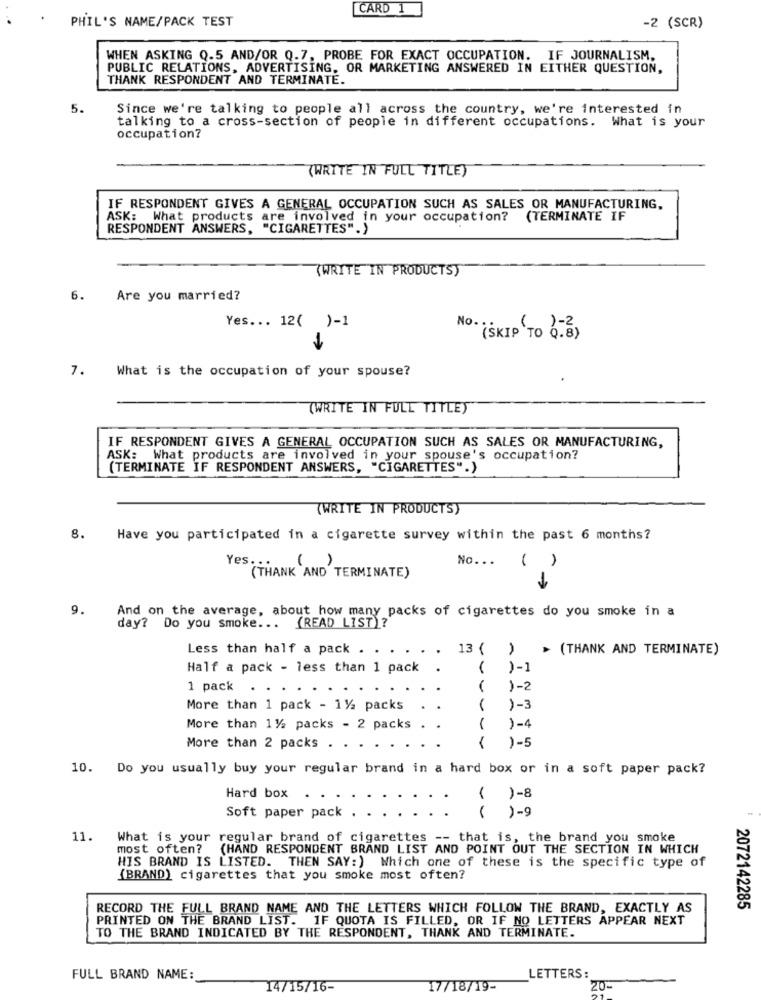
CARD 1
PHIL'S NAME/PACK TEST
-2 (SCR)
WHEN ASKING Q.5 AND/OR Q.7, PROBE FOR EXACT OCCUPATION. IF JOURNALISM,
PUBLIC RELATIONS, ADVERTISING, OR MARKETING ANSWERED IN EITHER QUESTION,
THANK RESPONDENT AND TERMINATE.
5.
Since we're talking to people all across the country, we're interested in
talking to a cross-section of people in different occupations. What is your
occupation?
(WRITE IN FULL TITLE)
IF RESPONDENT GIVES A GENERAL OCCUPATION SUCH AS SALES OR MANUFACTURING,
ASK: What products are involved in your occupation? (TERMINATE IF
RESPONDENT ANSWERS,
"CIGARETTES".)
(WRITE IN PRODUCTS)
6.
Are you married?
Yes ... 12( )-1
No ..
(SKIP TO 0. 8)
7.
What is the occupation of your spouse?
(WRITE IN FULL TITLE)
IF RESPONDENT GIVES A GENERAL OCCUPATION SUCH AS SALES OR MANUFACTURING,
ASK: What products are involved in your spouse's occupation?
(TERMINATE IF RESPONDENT ANSWERS, "CIGARETTES".)
(WRITE IN PRODUCTS)
8.
Have you participated in a cigarette survey within the past 6 months?
A
No ...
Yes.
(THANK "AND TERMINATE)
9.
And on the average, about how many packs of cigarettes do you smoke in a
day? Do you smoke ... (READ LIST)?
Less than half a pack . .
. 13 ( ) > (THANK AND TERMINATE)
Half a pack - less than 1 pack
( )-1
1 pack .
)-2
More than 1 pack - 11/2 packs
)-3
More than 11/2 packs - 2 packs .
)-4
)-5
More than 2 packs .
10. Do you usually buy your regular brand in a hard box or in a soft paper pack?
Hard box
( )-8
Soft paper pack
( )-9
11.
What is your regular brand of cigarettes -- that is, the brand you smoke
most often? (HAND RESPONDENT BRAND LIST AND POINT OUT THE SECTION IN WHICH
HIS BRAND IS LISTED. THEN SAY:) Which one of these is the specific type of
(BRAND) cigarettes that you smoke most often?
RECORD THE FULL BRAND NAME AND THE LETTERS WHICH FOLLOW THE BRAND, EXACTLY AS
2072142285
PRINTED ON THE BRAND LIST. IF QUOTA IS FILLED, OR IF NO LETTERS APPEAR NEXT
TO THE BRAND INDICATED BY THE RESPONDENT, THANK AND TERMINATE.
FULL BRAND NAME:
LETTERS:
14/15/16-
17/18/19-
20-